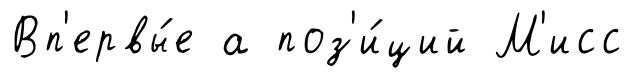
Вп'ервы́е а поз'и́ций М'исс